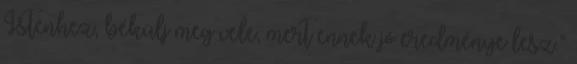
Istenhez, békülj meg vele, mert ennek jó eredménye lesz.”